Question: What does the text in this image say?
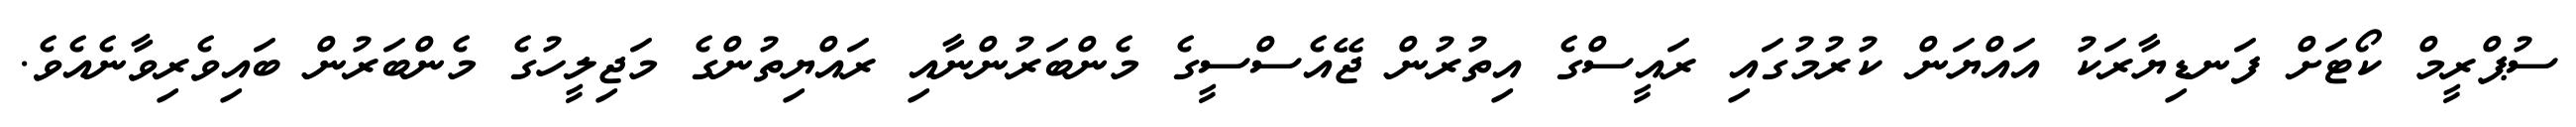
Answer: ސުޕްރީމް ކޯޓަށް ފަނޑިޔާރަކު އައްޔަން ކުރުމުގައި ރައީސްގެ އިތުރުން ޖޭއެސްސީގެ މެންބަރުންނާއި ރައްޔިތުންގެ މަޖިލީހުގެ މެންބަރުން ބައިވެރިވާނެއެވެ.